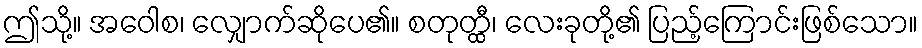
ဤသို့။ အဝေါစ၊ လျှောက်ဆိုပေ၏။ စတုတ္ထီ၊ လေးခုတို့၏ ပြည့်ကြောင်းဖြစ်သော။